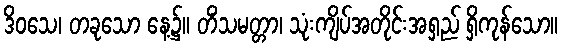
ဒိဝသေ၊ တခုသော နေ့၌။ တိံသမတ္တာ၊ သုံးကျိပ်အတိုင်းအရှည် ရှိကုန်သော။